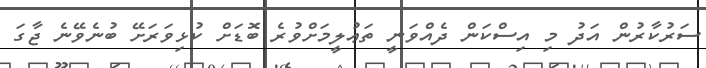
ސަރުކާރުން އަދު މި އިސްކަން ދެއްވަނީ ތަޢުލީމަށްވުރެ ބޮޑަށް ކުޅިވަރަށޭ ބުނެވޭނެ ޖާގަ